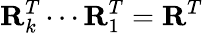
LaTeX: \mathbf{R}_{k}^{T}\cdots\mathbf{R}_{1}^{T}=\mathbf{R}^{T}